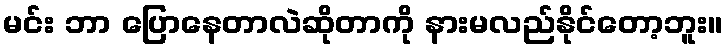
မင်း ဘာ ပြောနေတာလဲဆိုတာကို နားမလည်နိုင်တော့ဘူး။